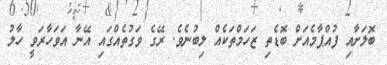
ބޮލަށާއި ފުއްޕާމެއަށް ބޮޑެތި ޒަހަމްތަކެއް ލިބުނެވެ. ރޭގެ ވަގުތެއްގައި އޭނާ އަވަހާރަވީ ހާލު